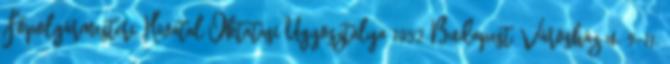
Főpolgármesteri Hivatal Oktatási Ügyosztálya 1052 Budapest, Városház u. 9-11.